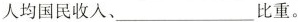
人均国民收入、___比重。